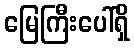
မြေကြီးပေါ်ရှိ